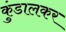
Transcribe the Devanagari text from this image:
कुंडालकर